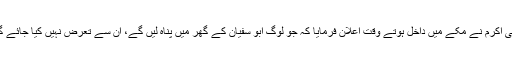
نبی اکرم نے مکے میں داخل ہوتے وقت اعلان فرمایا کہ جو لوگ ابو سفیان کے گھر میں پناہ لیں گے، ان سے تعرض نہیں کیا جائے گا۔